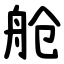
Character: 舱